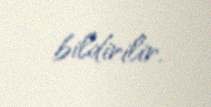
bildirilir.